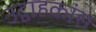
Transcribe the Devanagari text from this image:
उद्वाहकांस